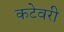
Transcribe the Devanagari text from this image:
कटेवरी